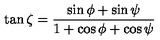
\tan \zeta = \frac { \sin \phi + \sin \psi } { 1 + \cos \phi + \cos \psi }